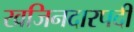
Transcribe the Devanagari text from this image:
खजिनदारपदी